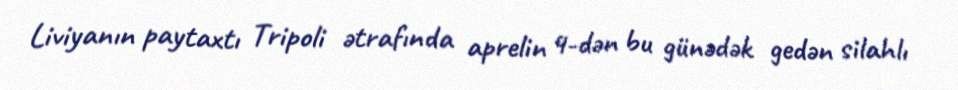
Liviyanın paytaxtı Tripoli ətrafında aprelin 4-dən bu günədək gedən silahlı